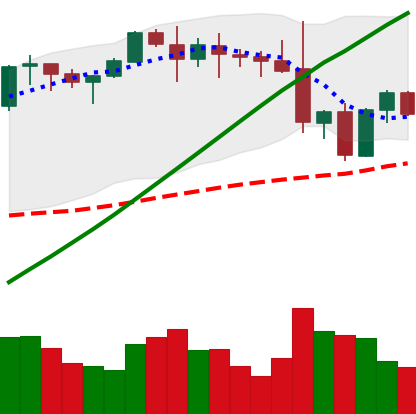
Ticker: ETH-USD
Chart end date: 2021-11-21
Forward return: -5.593%
Label: down_5_7